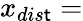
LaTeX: x_{dis\mathsf{t}}=